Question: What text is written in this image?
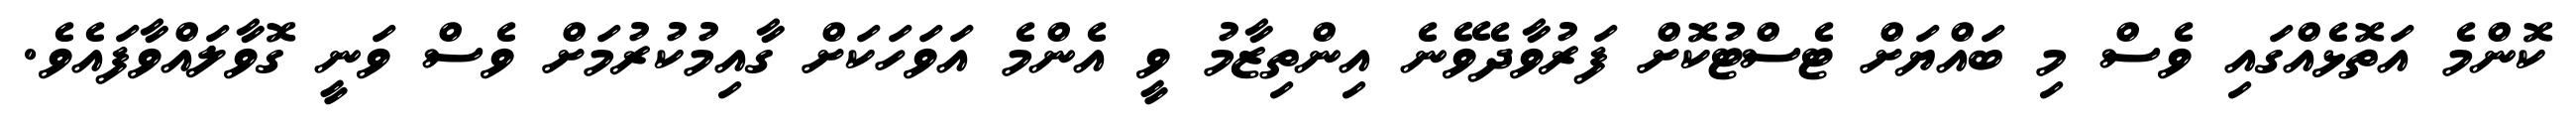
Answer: ކޮންމެ އަތޮޅެއްގައި ވެސް މި ބައްޔަށް ޓެސްޓުކޮށް ފަރުވާދެވޭނެ އިންތިޒާމު ވީ އެންމެ އަވަހަކަށް ގާއިމުކުރުމަށް ވެސް ވަނީ ގޮވާލައްވާފައެވެ.